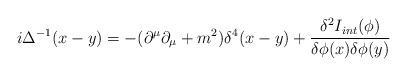
LaTeX: \begin{align*}i \Delta ^{-1} (x-y)= -{(\partial^{\mu} \partial_{\mu} + m^2)} { \delta ^4(x-y)} + {{\delta ^2 I_{int}(\phi)} \over {\delta \phi (x) \delta \phi (y)}}\end{align*}